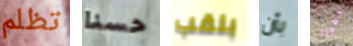
تظلم حسنا بلقب بأن خطيرا